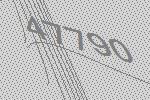
47790